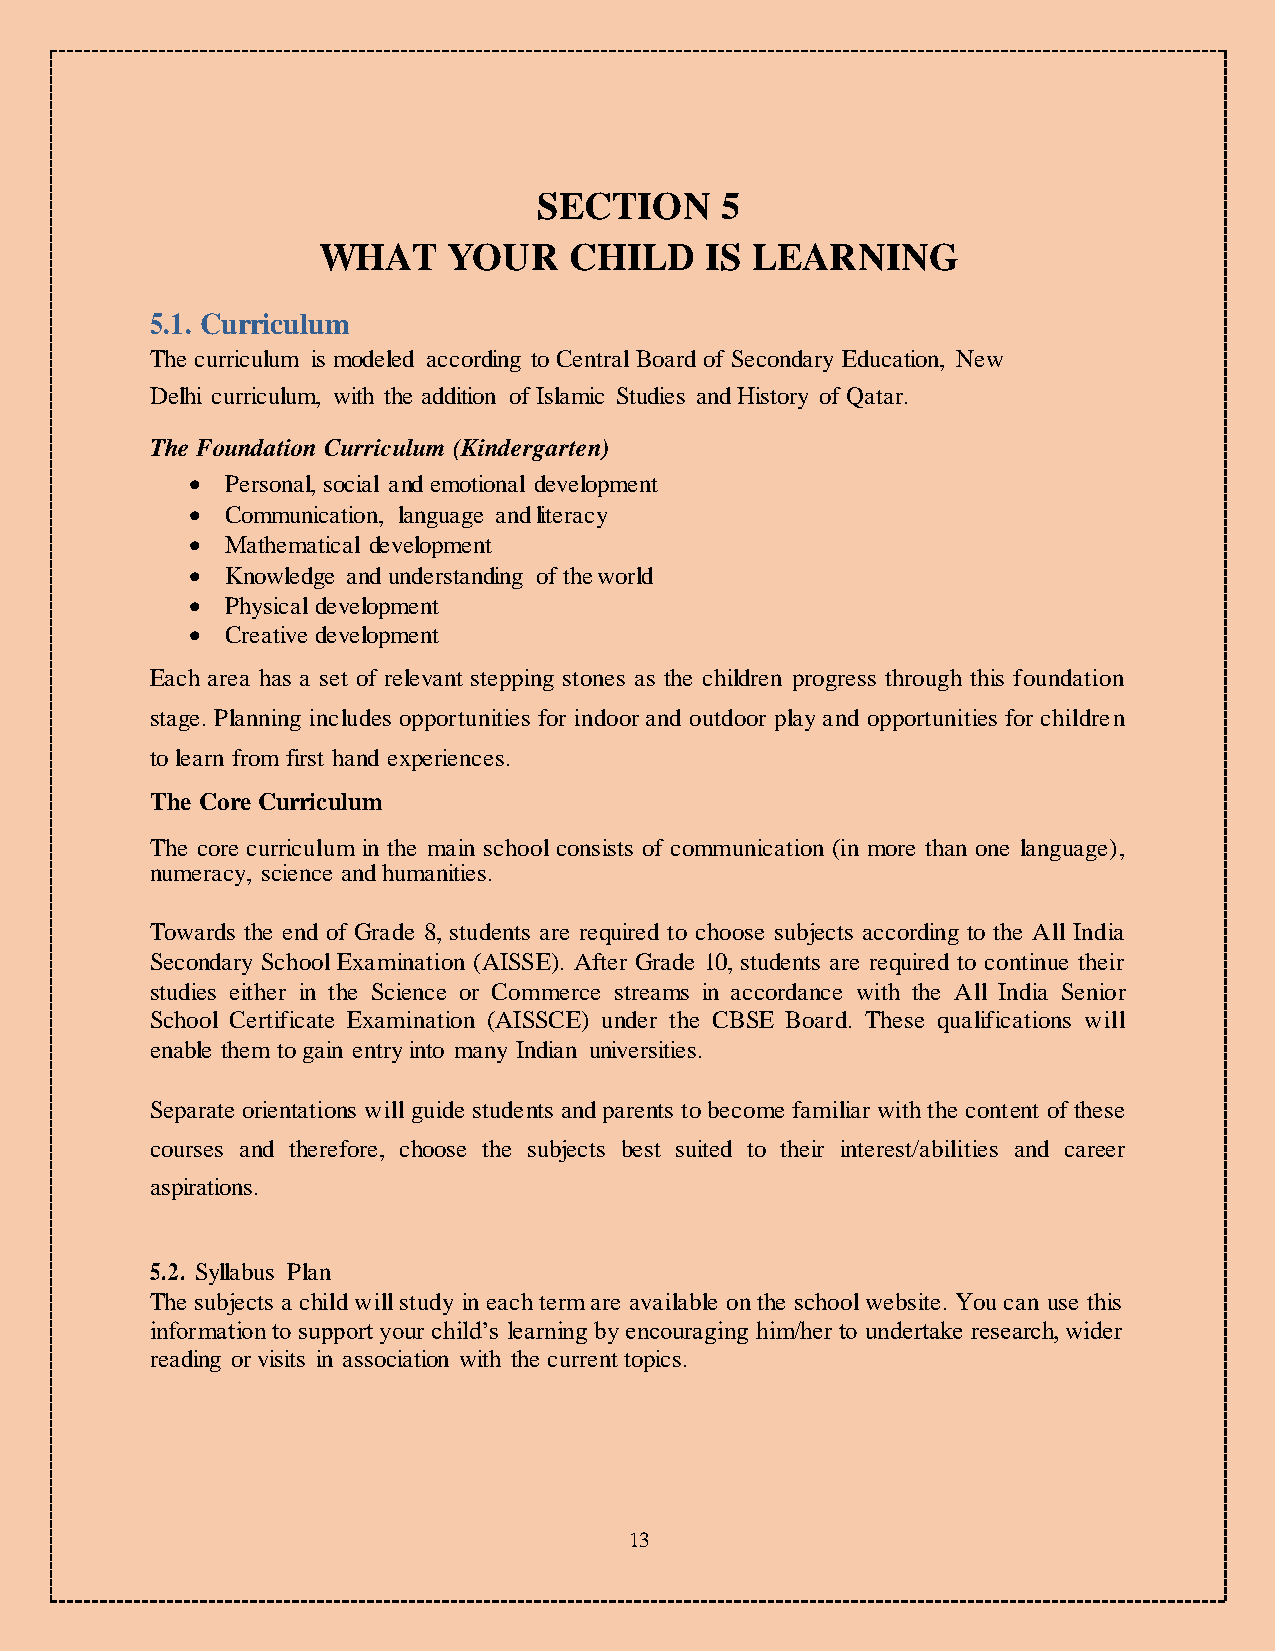
SECTION     5
 WHAT     YOUR    CHILD    IS LEARNING
 5.1. Curriculum
 The curriculum is modeled according to Central Board of Secondary Education, New
 Delhi curriculum, with the addition of Islamic Studies and History of Qatar.
 The Foundation Curriculum (Kindergarten)
   Personal, social and emotional development
   Communication, language and literacy
   Mathematical development
   Knowledge and understanding of the world
   Physical development
   Creative development
 Each area has a set of relevant stepping stones as the children progress through this foundation
 stage. Planning includes opportunities for indoor and outdoor play and opportunities for children
 to learn from first hand experiences.
 The Core Curriculum
 The core curriculum in the main school consists of communication (in more than one language),
 numeracy, science and humanities.
 Towards the end of Grade 8, students are required to choose subjects according to the All India
 Secondary School Examination (AISSE). After Grade 10, students are required to continue their
 studies either in the Science or Commerce streams in accordance with the All India Senior
 School Certificate Examination (AISSCE) under the CBSE Board. These qualifications will
 enable them to gain entry into many Indian universities.
 Separate orientations will guide students and parents to become familiar with the content of these
 courses and therefore, choose the subjects best suited to their interest/abilities and career
 aspirations.
 5.2. Syllabus Plan
 The subjects a child will study in each term are available on the school website. You can use this
 information to support your child’s learning by encouraging him/her to undertake research, wider
 reading or visits in association with the current topics.
 13